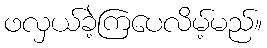
ဖလှယ်ခဲ့ကြပေလိမ့်မည်။